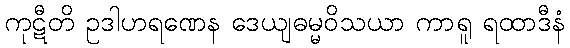
ကုဋီတိ ဥဒါဟရဏေန ဒေယျဓမ္မဝိသယာ ကာရူ ရထာဒီနံ